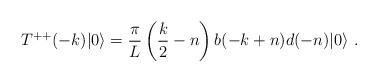
\begin{align*}T^{++}(-k) |0 \rangle = {\pi \over L} \left( { k \over 2} - n \right)b(-k+n) d(-n) |0 \rangle \ . \end{align*}